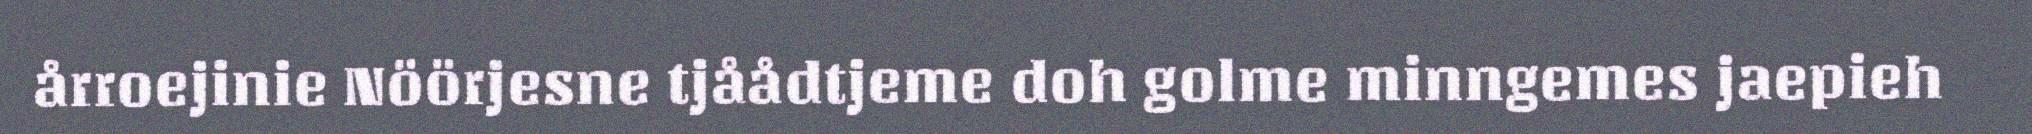
årroejinie Nöörjesne tjåådtjeme doh golme minngemes jaepieh